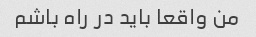
من واقعا باید در راه باشم